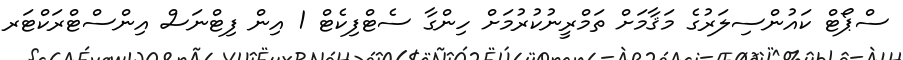
ސްޕޯޓް ކައުންސިލަރުގެ މަޤާމަށް ތަމްރީނުކުރުމަށް ހިންގާ ސެޓްފިކެޓް 1 އިން ފިޓްނަސް އިންސްޓްރަކްޓަރ